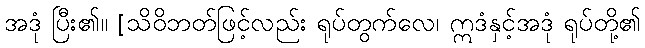
အဒုံ ပြီး၏။ [သိဝိဘတ်ဖြင့်လည်း ရုပ်တွက်လေ၊ ဣဒံနှင့်အဒုံ ရုပ်တို့၏